65_HS1-834228961_62-HQ-83894_Section_10
Agency: FBI
Page 29
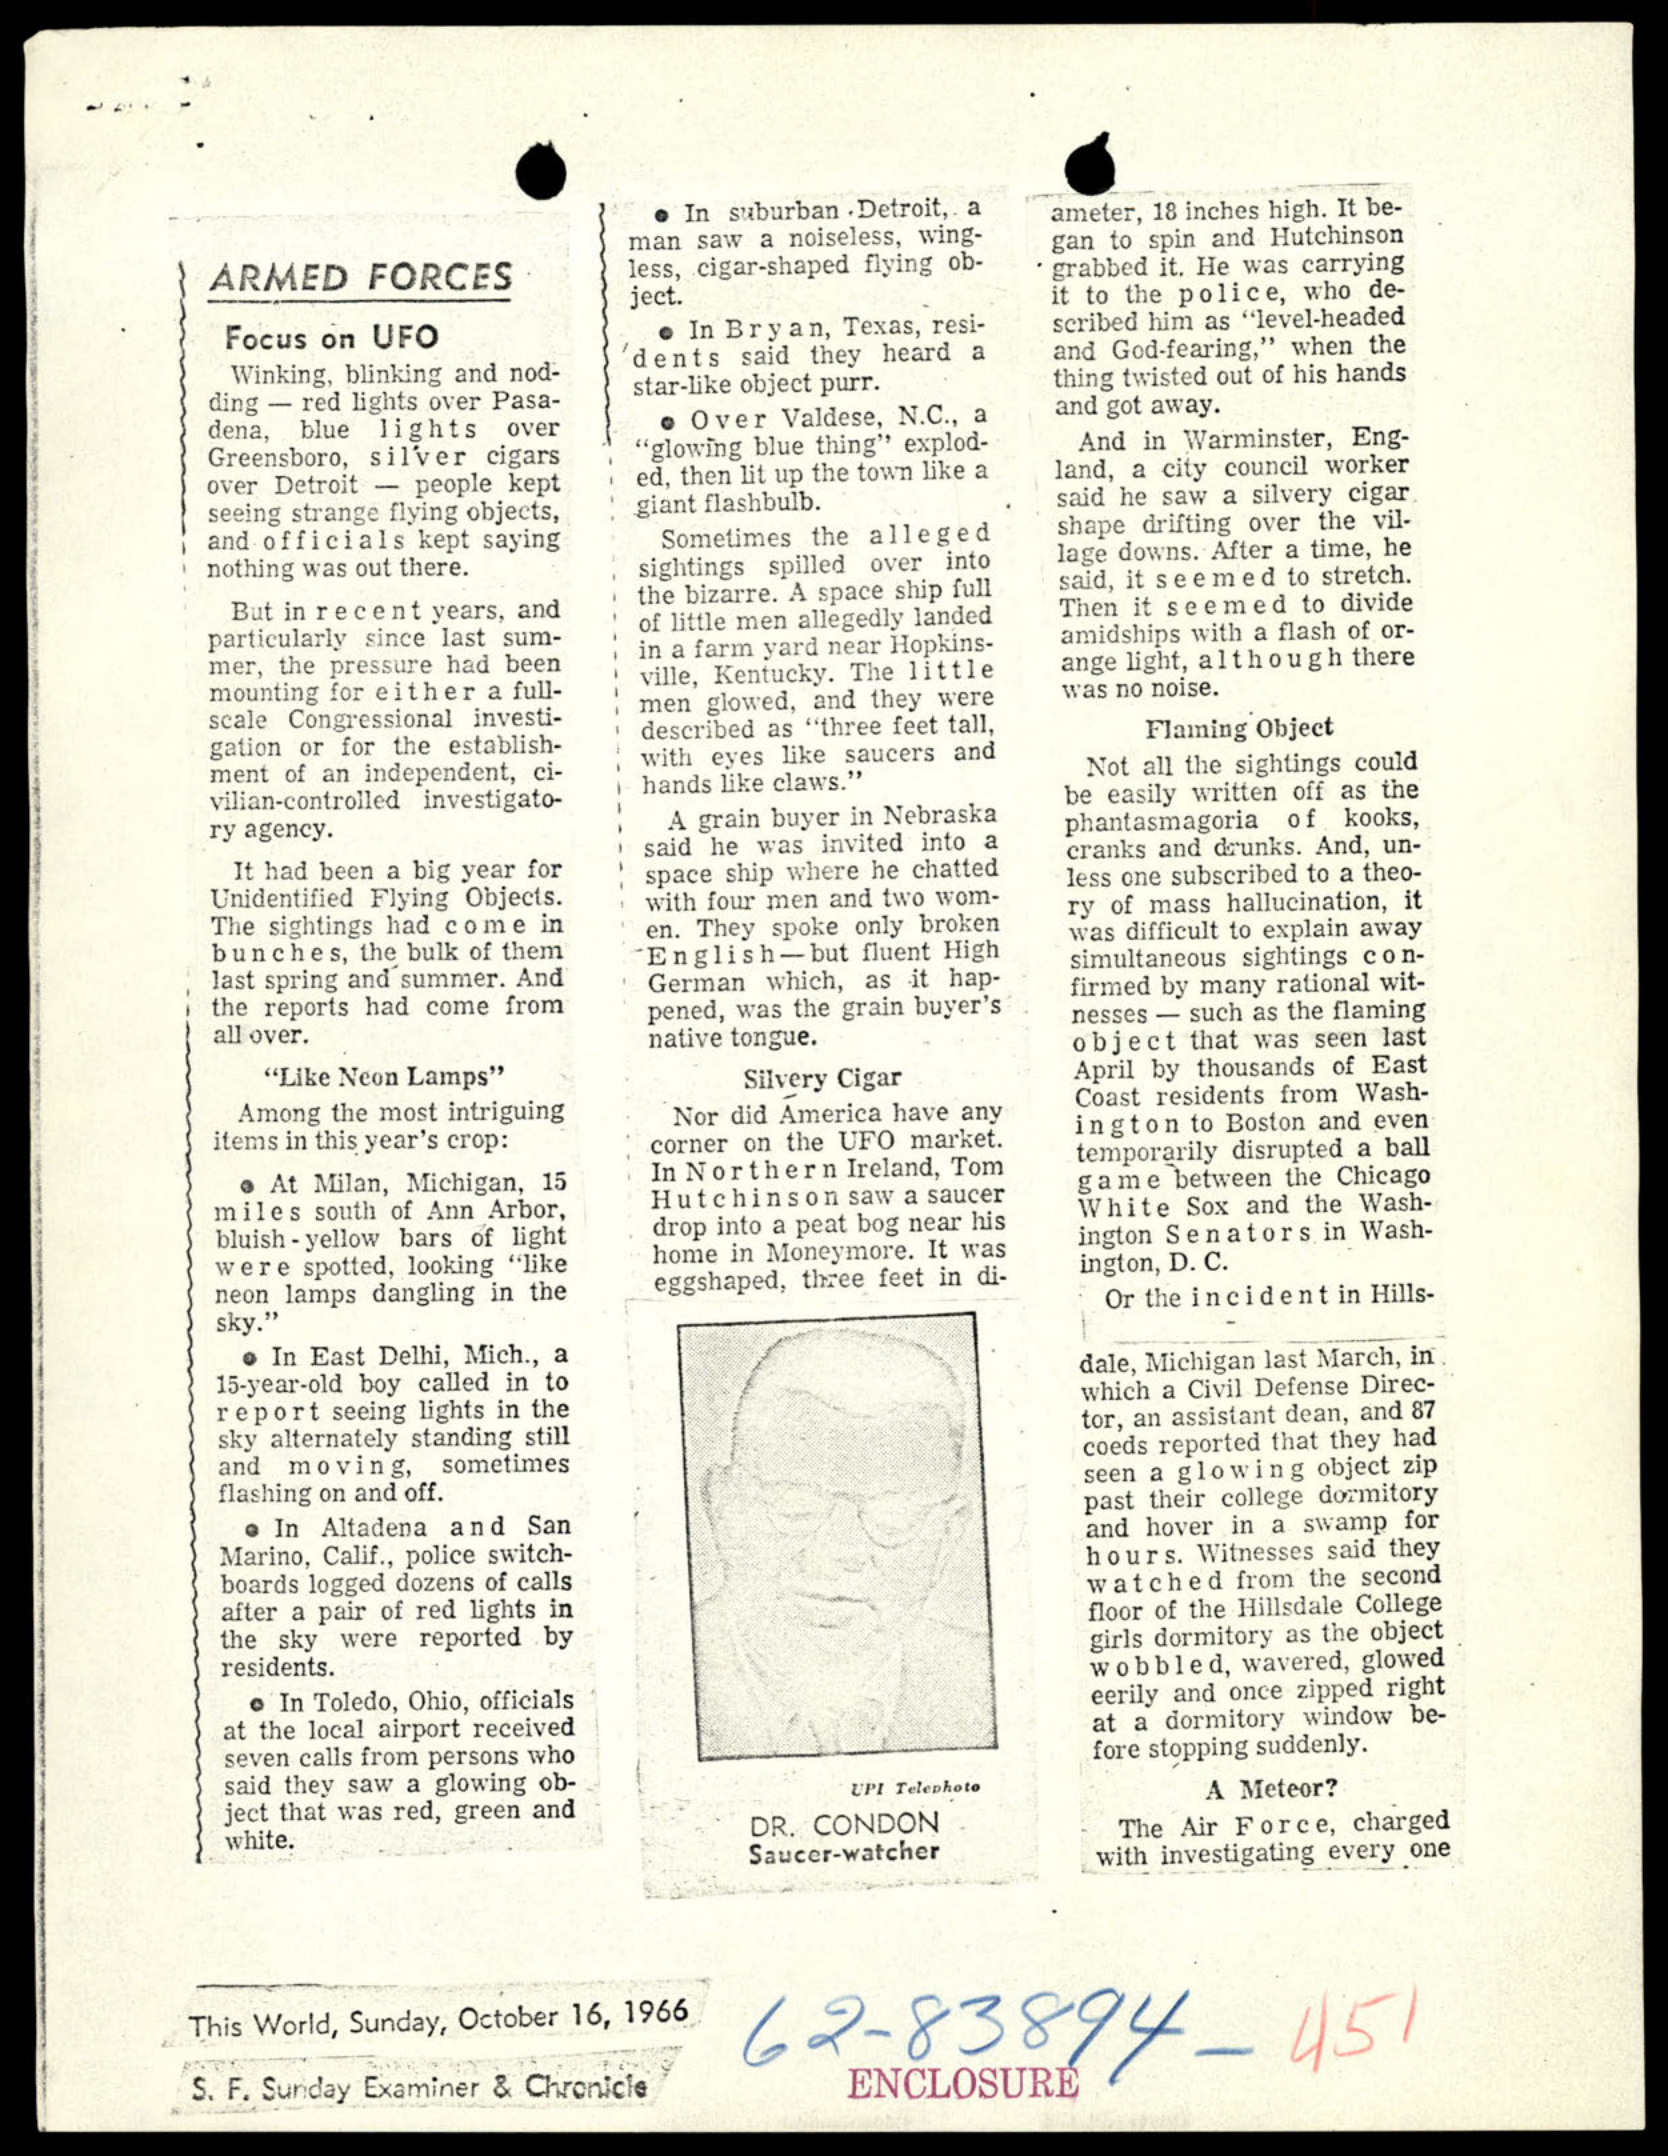